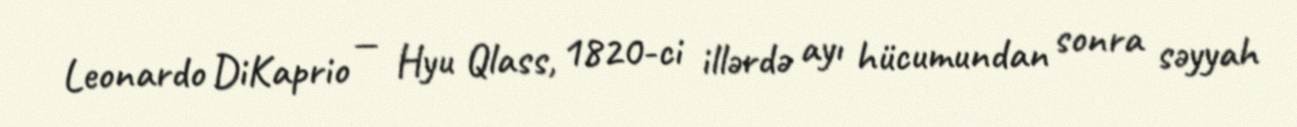
Leonardo DiKaprio — Hyu Qlass, 1820-ci illərdə ayı hücumundan sonra səyyah